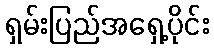
ရှမ်းပြည်အရှေ့ပိုင်း